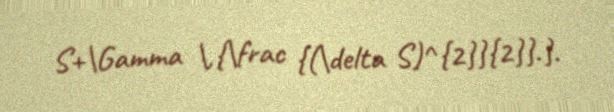
S+\Gamma \,{\frac {(\delta S)^{2}}{2}}.}.